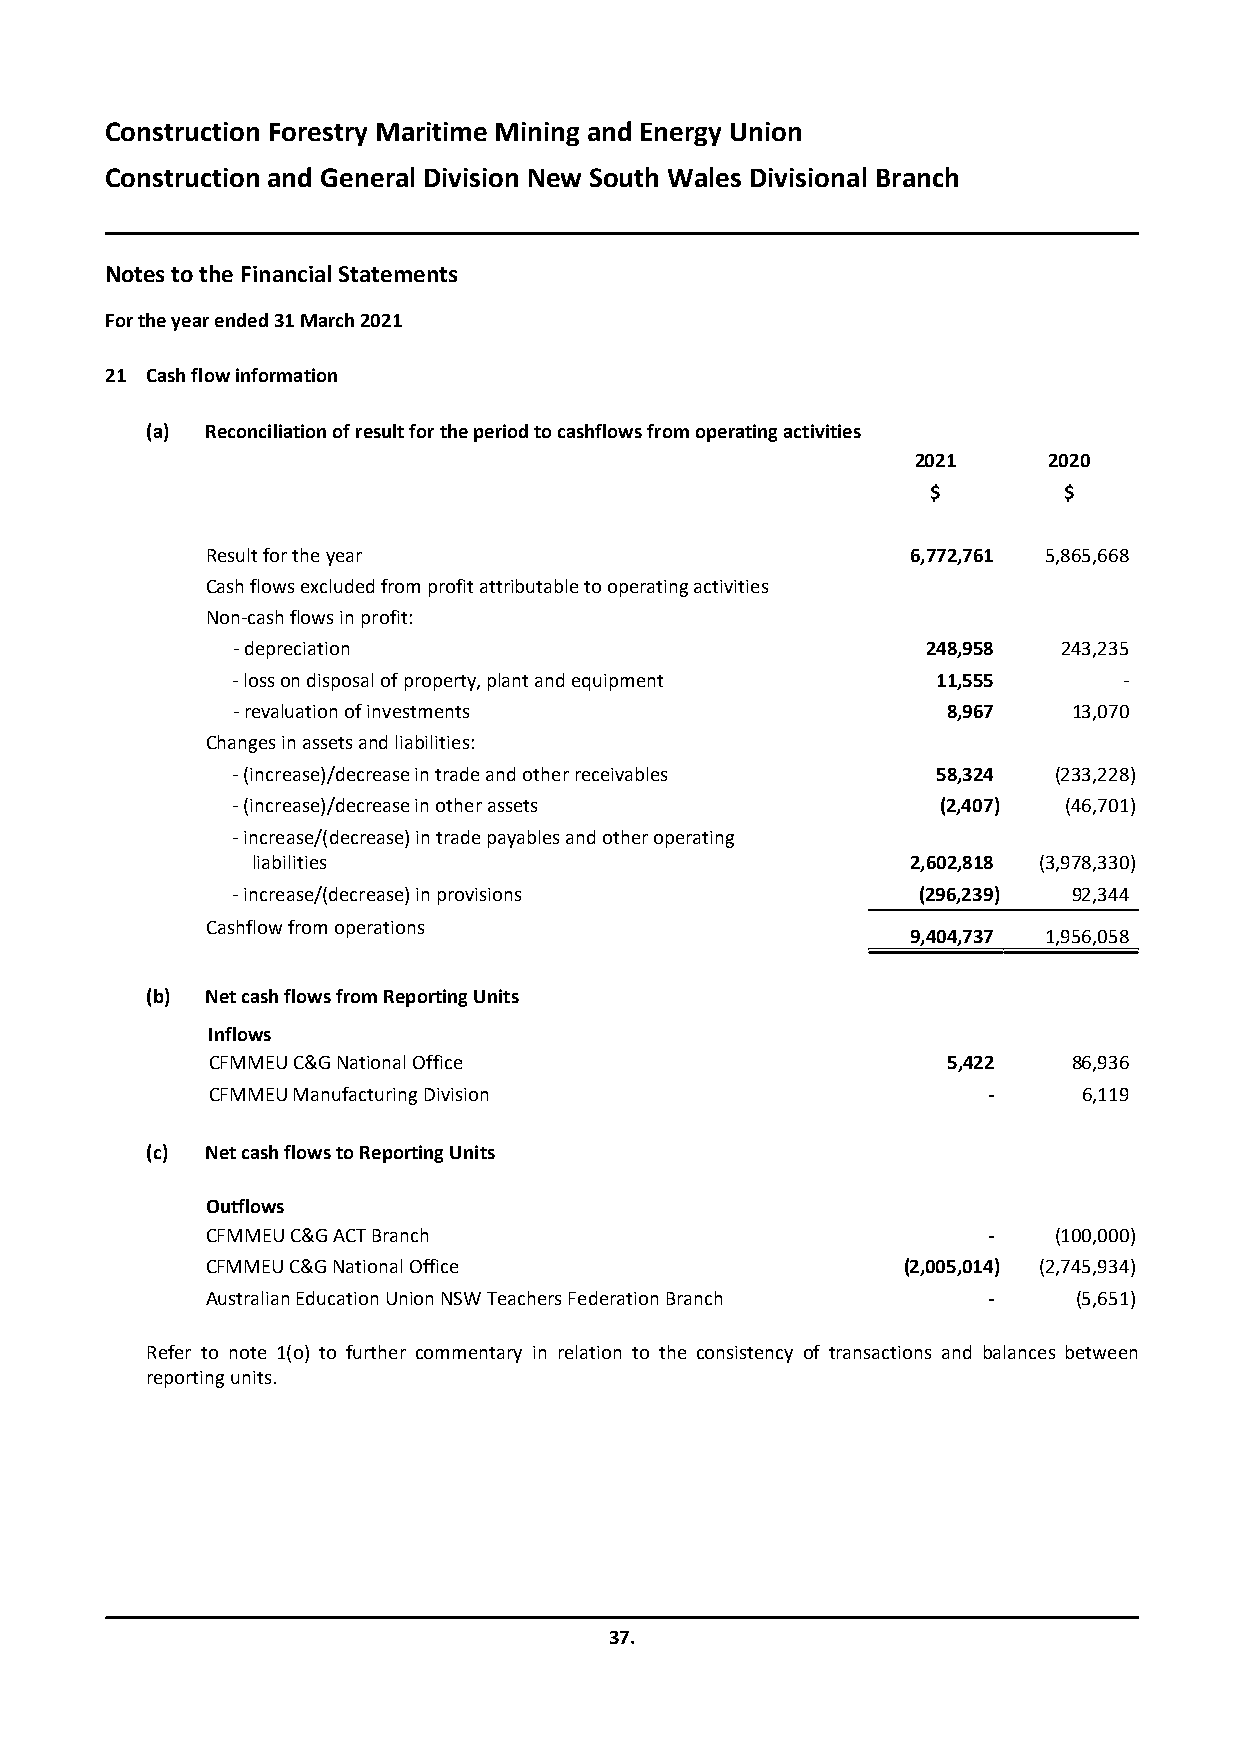
Construction Forestry Maritime Mining and Energy Union
 Construction and General Division New South Wales Divisional Branch
 Notes to the Financial Statements
 For the year ended31 March 2021
 21 Cash flow information
 (a) Reconciliation of result for the period to cashflows from operating activities
 2021    2020
 $       $
 Result for the year                           6,772,761 5,865,668
 Cash flows excluded from profit attributable to operating activities
 Non-cash flows in profit:
 - depreciation                                248,958  243,235
 - loss on disposal of property, plant and equipment 11,555 -
 - revaluation of investments                    8,967   13,070
 Changes in assets and liabilities:
 - (increase)/decrease in trade and other receivables 58,324 (233,228)
 - (increase)/decrease in other assets          (2,407) (46,701)
 - increase/(decrease) in trade payables and other operating
 liabilities                                2,602,818 (3,978,330)
 - increase/(decrease) in provisions           (296,239) 92,344
 Cashflow from operations
 9,404,737 1,956,058
 (b) Net cash flows from Reporting Units
 Inflows
 CFMMEU C&G National Office                       5,422   86,936
 CFMMEU Manufacturing Division                      -      6,119
 (c) Net cash flows to Reporting Units
 Outflows
 CFMMEU C&G ACT Branch                              -    (100,000)
 CFMMEU C&G National Office                    (2,005,014) (2,745,934)
 Australian Education Union NSW Teachers Federation Branch - (5,651)
 Refer to note 1(o) to further commentary in relation to the consistency of transactions and balances between
 reporting units.
 37.